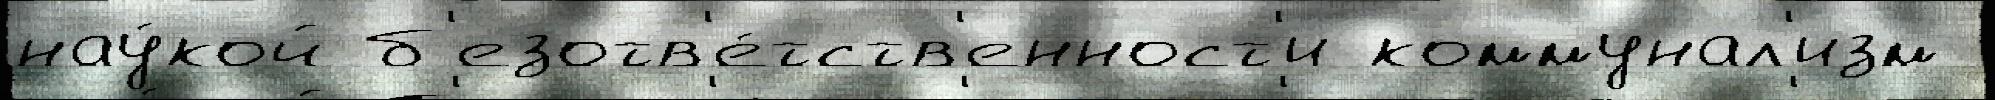
нау́кой б'езотв'е́тств'енност'и коммунал'изм